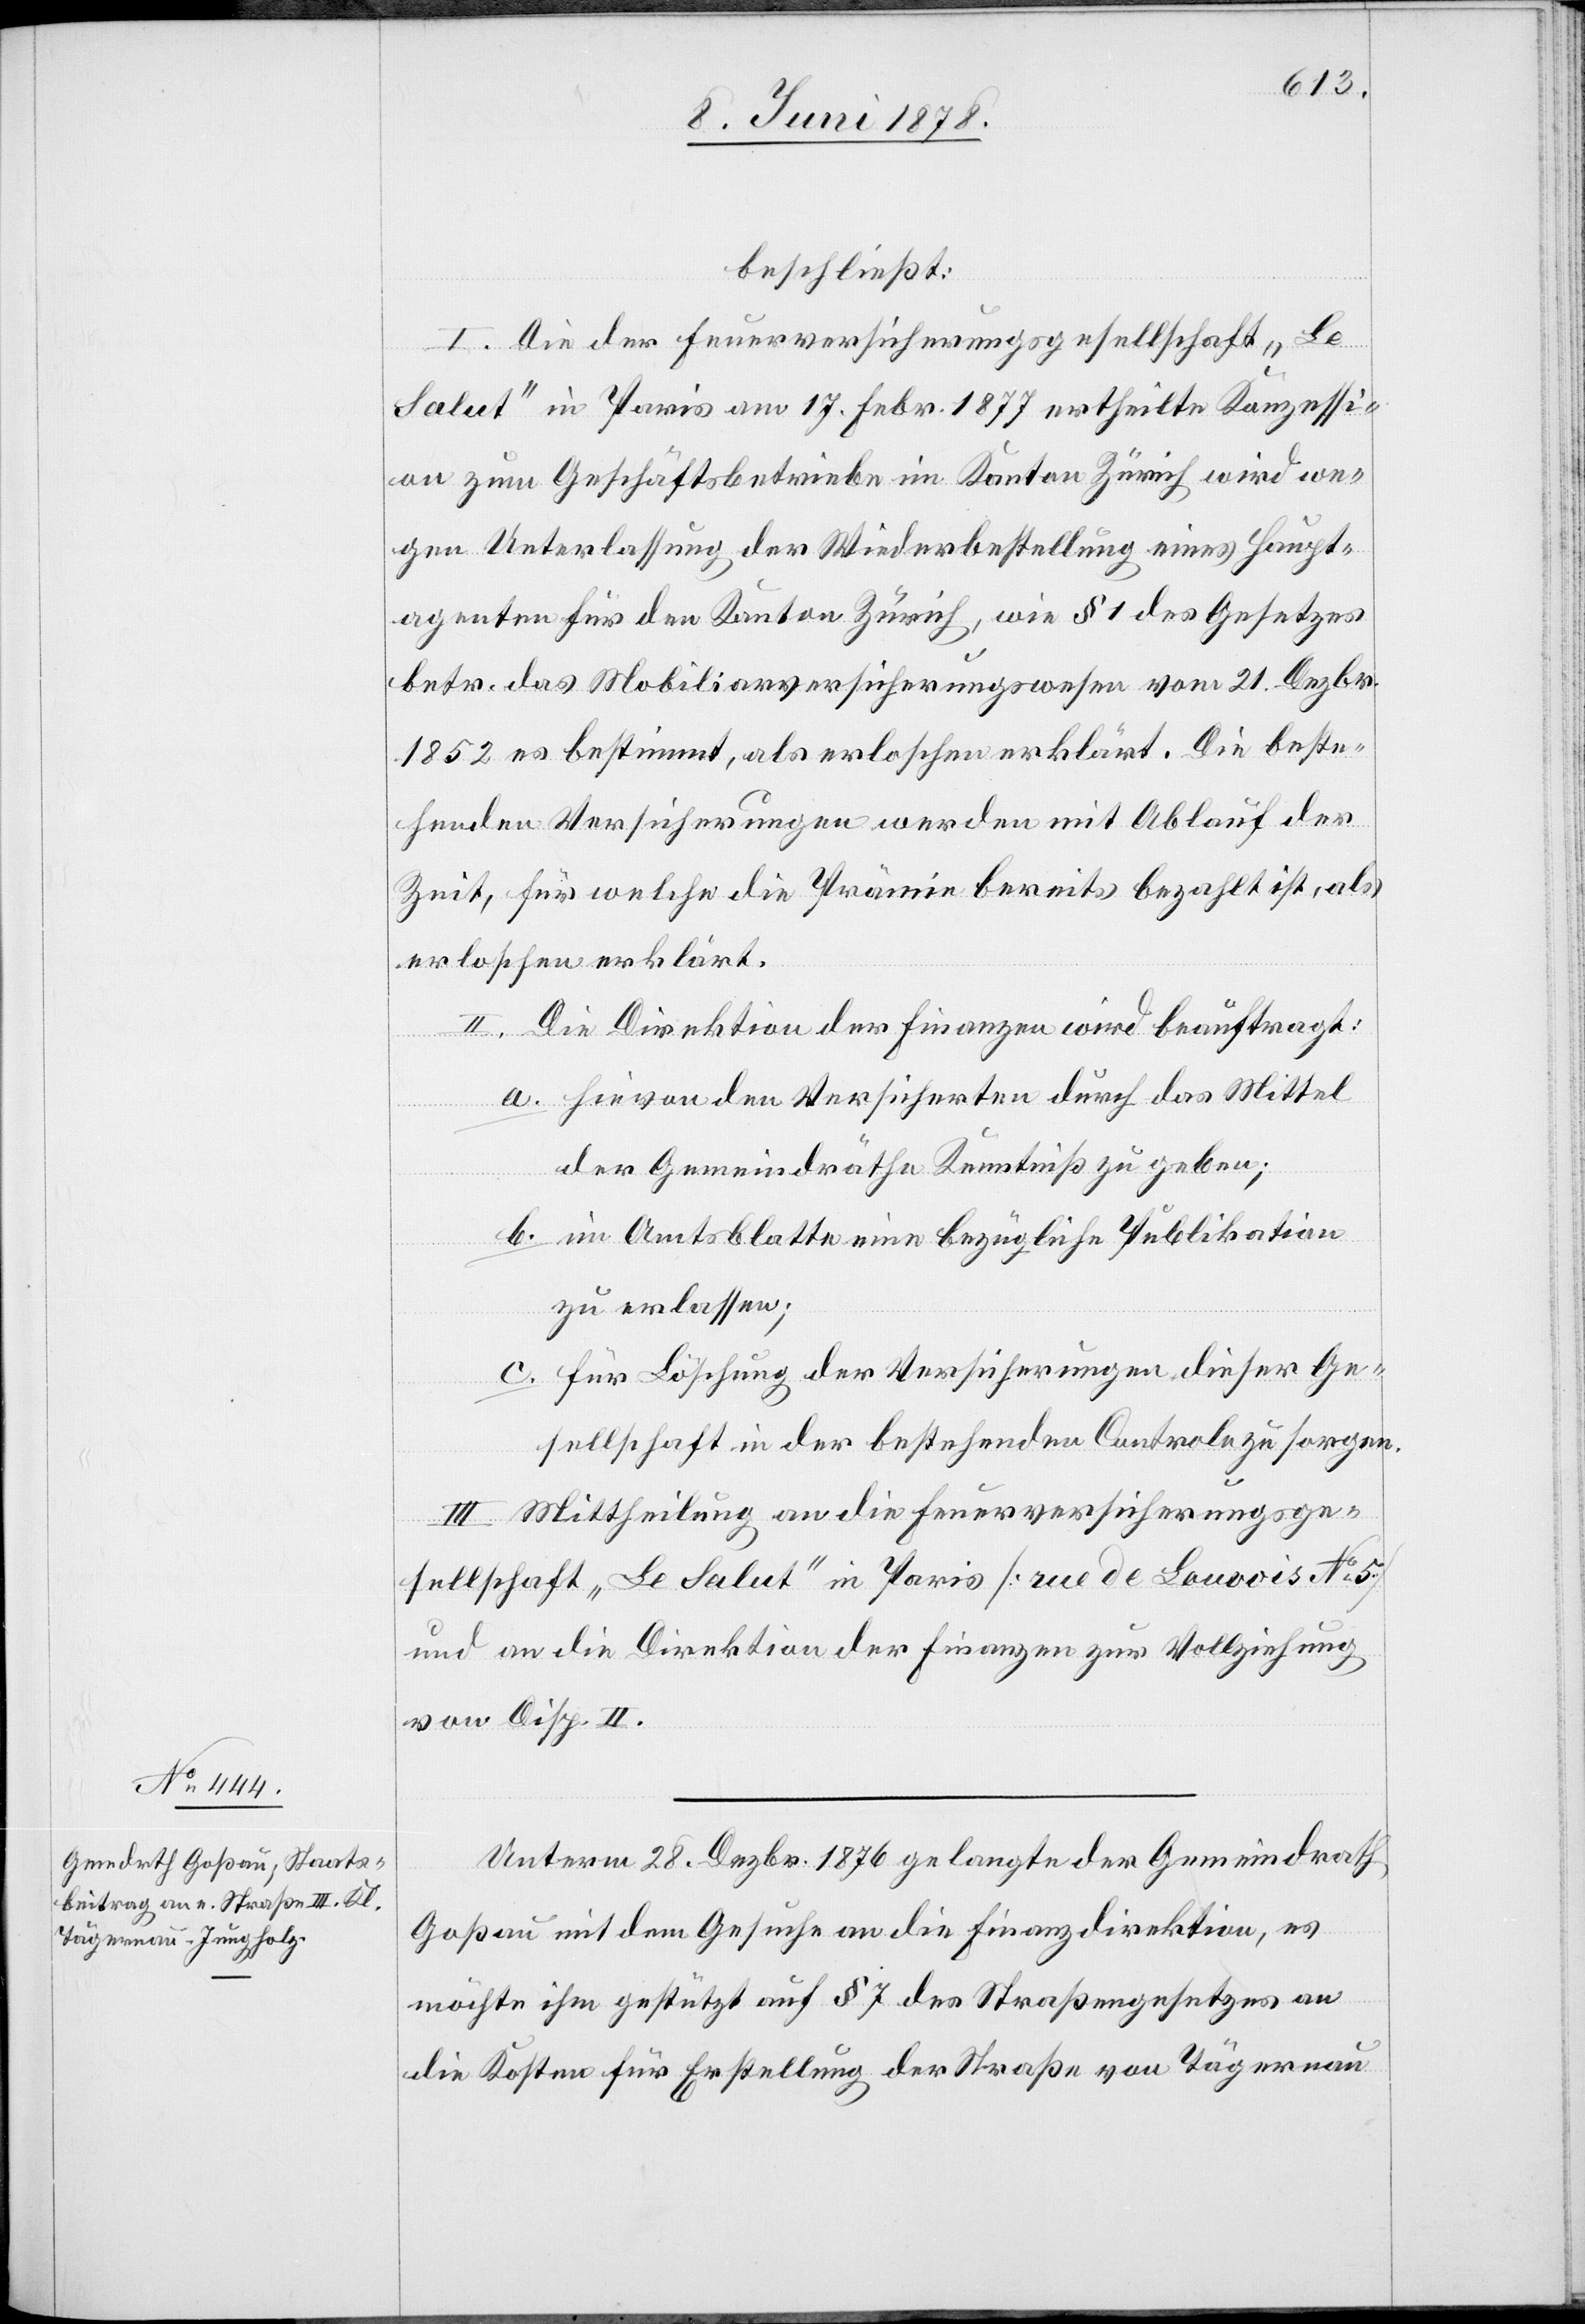
beschließt:
I. Die der Feuerversicherungsgesellschaft „Le
Salut“ in Paris am 17. Febr. 1877 ertheilte Konzessi¬
on zum Geschäftsbetriebe im Kanton Zürich wird we¬
gen Unterlassung der Wiederbestellung eines Haupt¬
agenten für den Kanton Zürich, wie § 1 des Gesetzes
betr. das Mobiliarversicherungswesen vom 21. Dezbr.
1852 es bestimmt, als erloschen erklärt. Die beste¬
henden Versicherungen werden mit Ablauf der
Zeit, für welche die Prämie bereits bezahlt ist, als
erloschen erklärt.
II. Die Direktion der Finanzen wird beauftragt:
a. hievon den Versicherten durch das Mittel
der Gemeindräthe Kenntniß zu geben;
b. im Amtsblatte eine bezügliche Publikation
zu erlassen;
c. für Löschung der Versicherungen dieser Ge¬
sellschaft in der bestehenden Controle zu sorgen.
III. Mittheilung an die Feuerversicherungsge¬
sellschaft „Le Salut“ in Paris [rue de Lauvois No 5]
und an die Direktion der Finanzen zur Vollziehung
von Disp. II.
Unterm 28. Dezbr. 1876 gelangte der Gemeindrath
Goßau mit dem Gesuche an die Finanzdirektion, es
möchte ihm gestützt auf § 7 des Straßengesetzes an
die Kosten für Erstellung der Straße von Tägernau